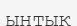
ынтық